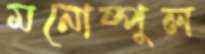
মনোষ্পুল